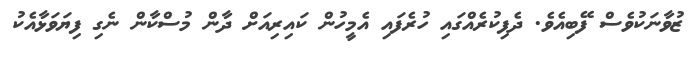
ޒުވާނަކުވެސް ފޭބިއެވެ. ދެފިކުރެއްގައި ހުރެފައި އެމީހުން ކައިރިއަށް ދާން މުސްކާން ނެގި ފިޔަވަޅާއެކު